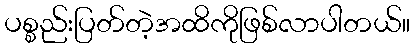
ပစ္စည်းပြတ်တဲ့အထိကိုဖြစ်လာပါတယ်။